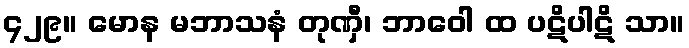
၄၂၉။ မောန မဘာသနံ တုဏှီ၊ ဘာဝေါ ထ ပဋိပါဋိ သာ။